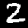
Digit: 2